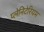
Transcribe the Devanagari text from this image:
प्लेनिटेरियम